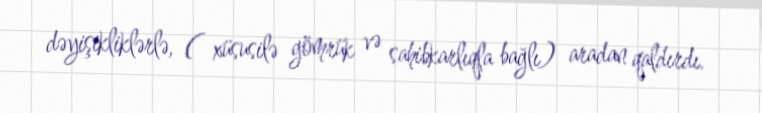
dəyişikliklərlə, ( xüsusilə gömrük və sahibkarlıqla bağlı) aradan qaldırdı.